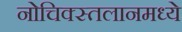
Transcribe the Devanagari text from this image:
नोचिक्स्तलानमध्ये